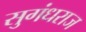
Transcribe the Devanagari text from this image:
सुगंधराज